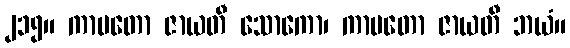
၂၁၅။ ကာမတော ဇာယတီ သောကော၊ ကာမတော ဇာယတီ ဘယံ။